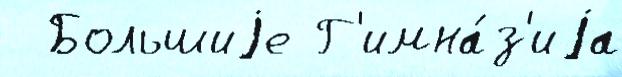
  Большиjе Г'имна́з'иjа